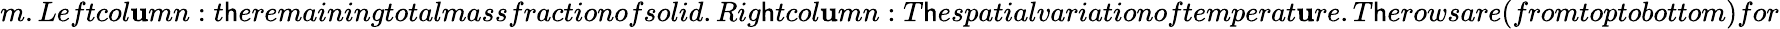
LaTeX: m.Leftcol\mathbf{u}mn:t\mathsf{h}eremainingtotalmassfractionofsolid.Rig\mathsf{h}tcol\mathbf{u}mn:T\mathsf{h}espatialvariationoftemperat\mathbf{u}re.T\mathsf{h}erowsare(fromtoptobottom)for